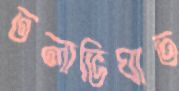
তলাভিঘাত